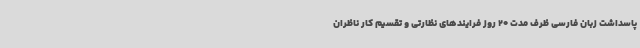
پاسداشت زبان فارسی ظرف مدت 20 روز فرایندهای نظارتی و تقسیم کار ناظران